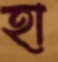
হা